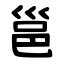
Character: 邕